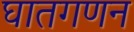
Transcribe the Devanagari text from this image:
घातगणन